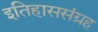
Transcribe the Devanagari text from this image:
इतिहाससंग्रह